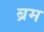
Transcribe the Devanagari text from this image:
ब्रम